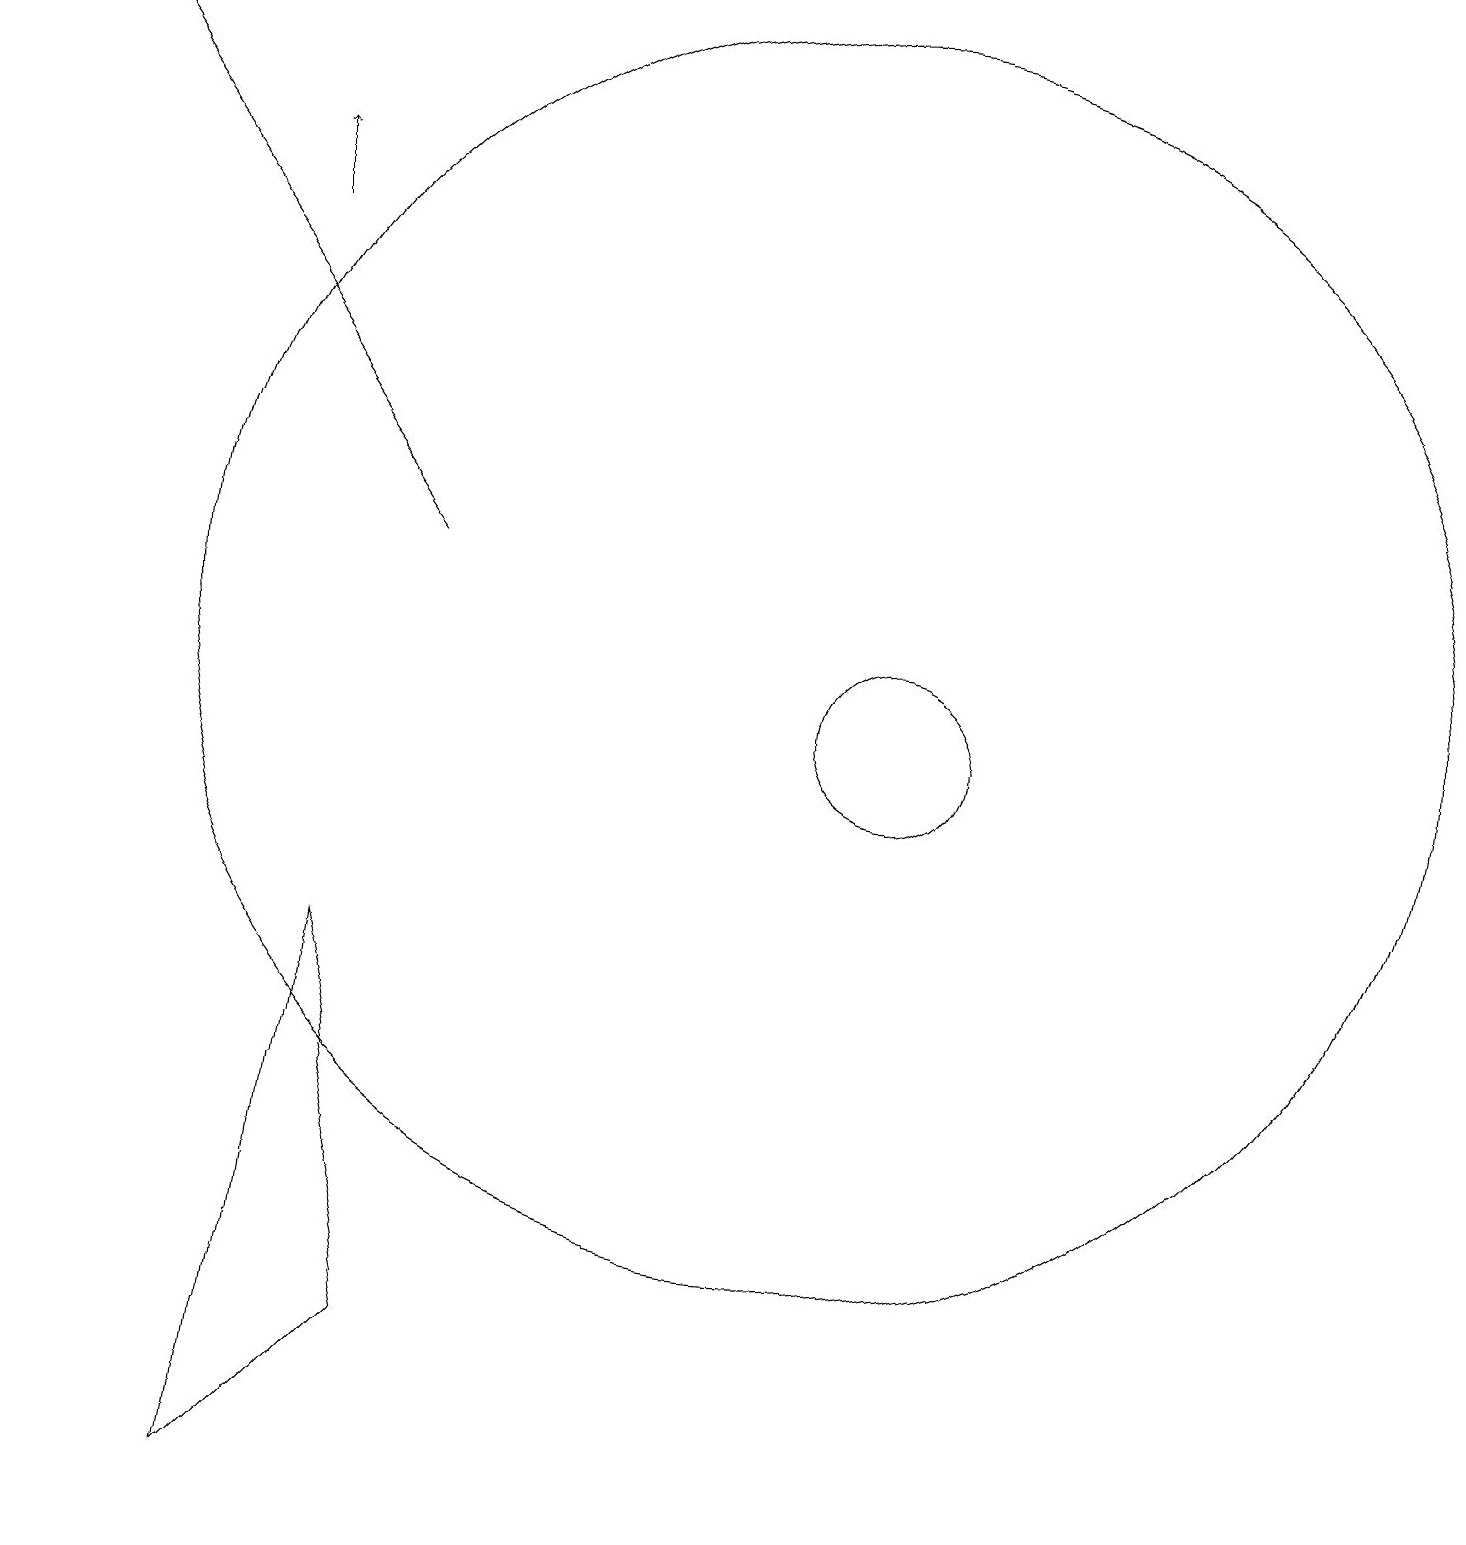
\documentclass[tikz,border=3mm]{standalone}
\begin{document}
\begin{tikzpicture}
\draw (11,11) circle (8);
\draw (12,10) circle (1);
\draw[->] (6,12) -- (1,19);
\draw[->] (4,16) -- (4,17);
\draw (4,0) -- (5,7) -- (6,2) -- cycle;
\draw (11,10) circle (0);
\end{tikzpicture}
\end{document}